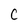
Character: C